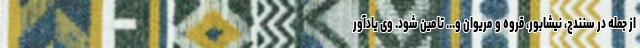
از جمله در سنندج، نیشابور، قروه و مریوان و... تامین شود. وی یادآور